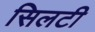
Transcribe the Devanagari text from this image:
सिलटी